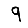
Digit: 9